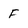
Character: F